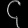
Digit: ၄